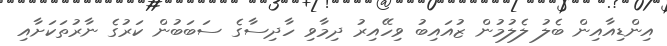
އިންޑިއާއިން ބެލު ލެލުމުން ޒުއައިބު ވިހޭއިރު ދިމާވި ހާދިސާގެ ސަބަބުން ކަރުގެ ނާރުތަކަށާއި